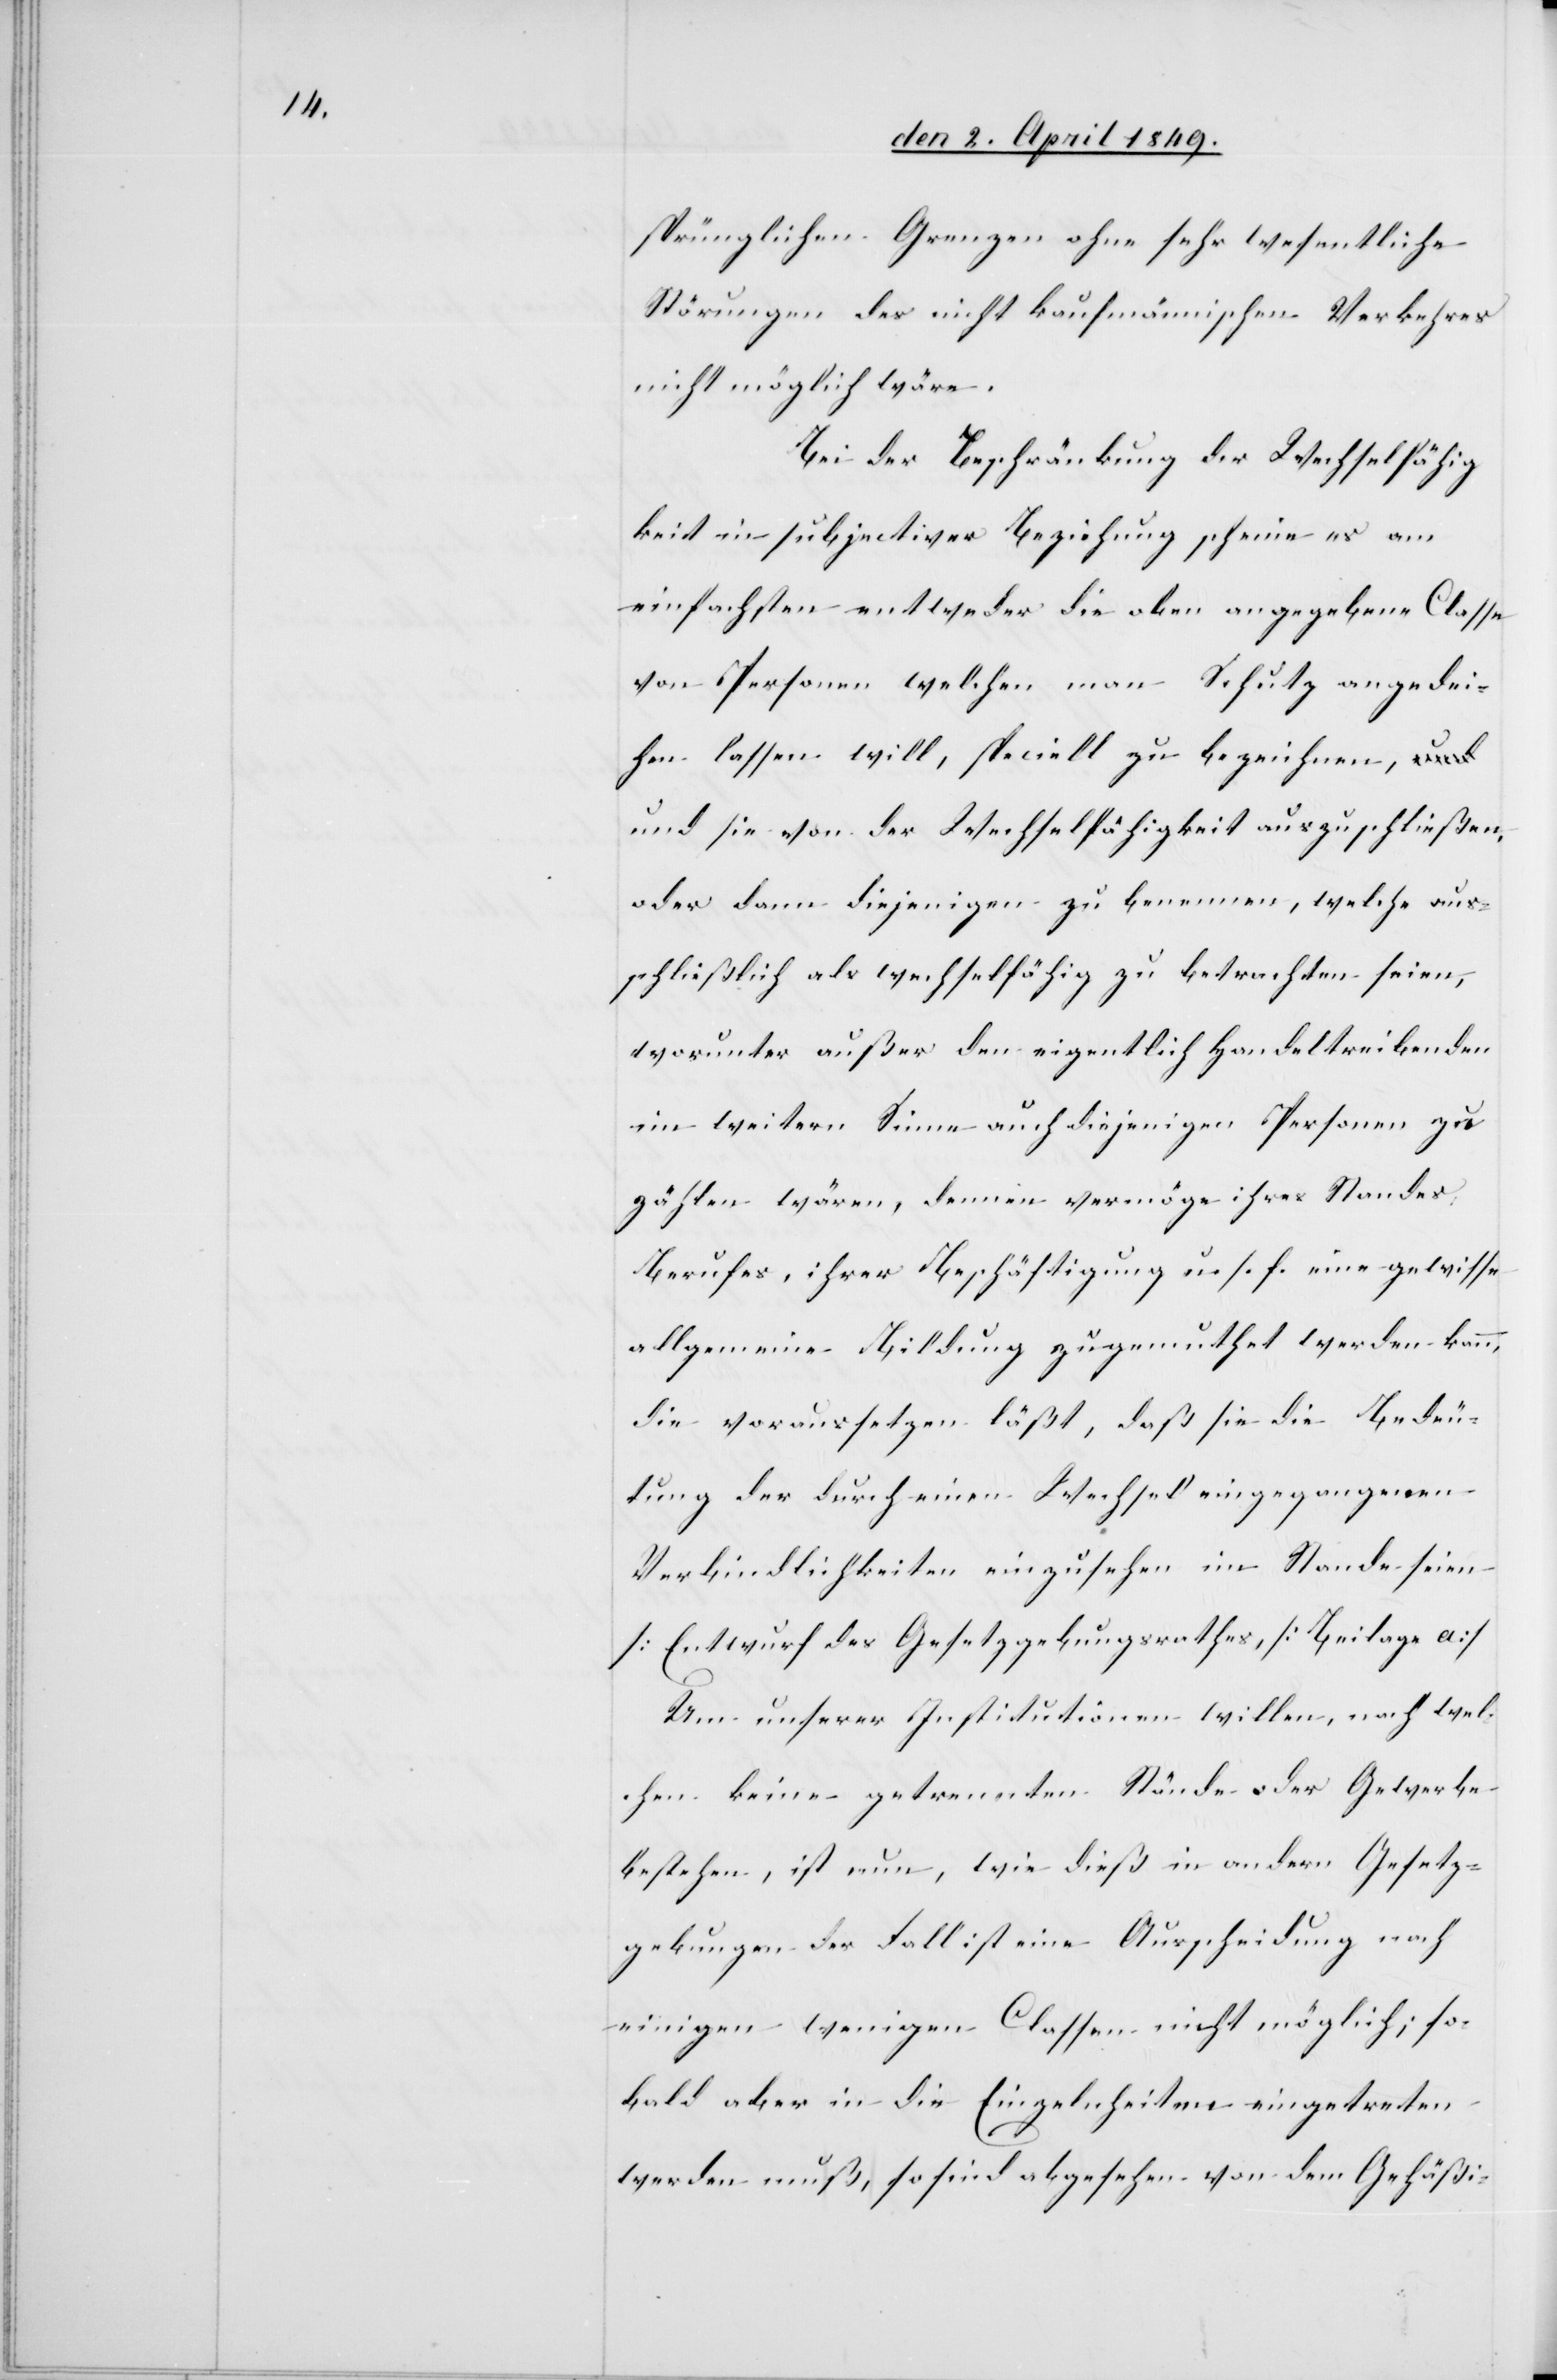
sprünglichen Grenzen ohne sehr wesentliche
Störungen des nicht kaufmännischen Verkehres
nicht möglich wäre.
Bei der Beschränkung der Wechselfähig¬
keit in subjectiver Beziehung scheine es am
einfachsten entweder die oben angegebene Classe
von Personen welchen man Schutz angedei¬
hen lassen will, speciell zu bezeichnen,
und sie von der Wechselfähigkeit auszuschließen,
oder dann diejenigen zu benennen, welche aus¬
schließlich als wechselfähig zu betrachten seien,
worunter außer den eigentlich Handeltreibenden
im weitern Sinne auch diejenigen Personen zu
zählen wären, dennen vermöge ihres Standes,
Berufes, ihrer Beschäftigung u. s. f. eine gewisse
allgemeine Bildung zugemuthet werden kann,
die voraussetzen läßt, daß sie die Bedeu¬
tung der durch einen Wechsel eingegangenen
Verbindlichkeiten einzusehen im Stande seien
[Entwurf des Gesetzgebungsrathes[]], [Beilage a]
Um unserer Institutionen willen, nach wel¬
chen keine getrennten Stände oder Gewerbe
bestehen, ist nun, wie dieß in andern Gesetz¬
gebungen der Fall ist eine Ausscheidung nach
einigen wenigen Classen nicht möglich; so¬
bald aber in die Einzelnheiten eingetreten
werden muß, so sind abgesehen von dem Gehäßi-